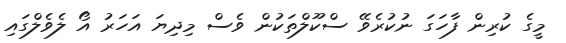
މީގެ ކުރިން ފާހަގަ ނުކުރެވޭ ސްކޫލްތަކުން ވެސް މިދިޔަ އަހަރު އޯ ލެވެލްގައި